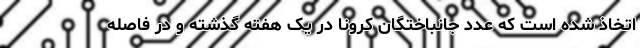
اتخاذ شده است که عدد جانباختگان کرونا در یک هفته گذشته و در فاصله